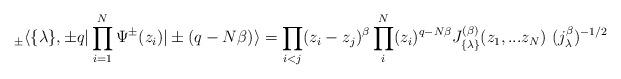
LaTeX: \begin{align*}_\pm \langle \{ \lambda \}, \pm q|\prod_{i=1}^{N} \Psi^{\pm}(z_i) |\pm(q- N \beta) \rangle =\prod_{i<j} (z_i -z_j)^{\beta} \prod_i^N (z_i)^{q- N \beta }J_{\{ \lambda \} }^{(\beta)}(z_1,...z_N) \ ( j_{\lambda}^{\beta})^{-1/2}\end{align*}